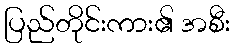
ပြည်တိုင်းကား၏ အစီး